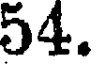
54.